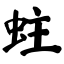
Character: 蛀